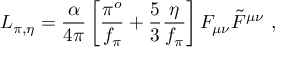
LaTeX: { \cal { L } } _ { \pi , \eta } = \frac { \alpha } { 4 \pi } \left[ \frac { \pi ^ { o } } { f _ { \pi } } + \frac { 5 } { 3 } \frac { \eta } { f _ { \pi } } \right] F _ { \mu \nu } \tilde { F } ^ { \mu \nu } ~ ,